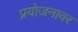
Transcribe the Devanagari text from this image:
प्रयोजनावर